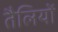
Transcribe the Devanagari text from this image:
तैलियों